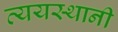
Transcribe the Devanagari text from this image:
व्ययस्थानी